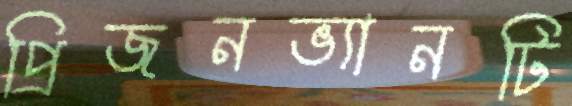
প্রিজনভ্যানটি